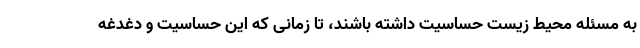
به مسئله محیط زیست حساسیت داشته باشند، تا زمانی که این حساسیت و دغدغه